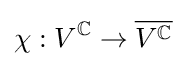
\chi :V^{\mathbb {C} }\to {\overline {V^{\mathbb {C} }}}